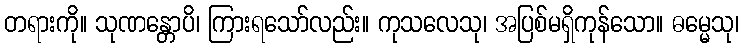
တရားကို။ သုဏန္တောပိ၊ ကြားရသော်လည်း။ ကုသလေသု၊ အပြစ်မရှိကုန်သော။ ဓမ္မေသု၊